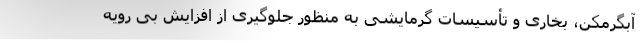
آبگرمکن، بخاری و تأسیسات گرمایشی به منظور جلوگیری از افزایش بی رویه